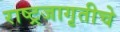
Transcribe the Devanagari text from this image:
राष्ट्रजागृतीचे